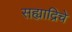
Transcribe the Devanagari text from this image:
सह्याद्रिचे